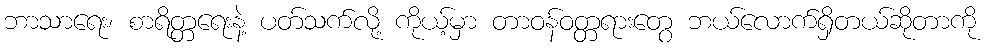
ဘာသာရေး၊ စာရိတ္တရေးနဲ့ ပတ်သက်လို့ ကိုယ့်မှာ တာဝန်ဝတ္တရားတွေ ဘယ်လောက်ရှိတယ်ဆိုတာကို